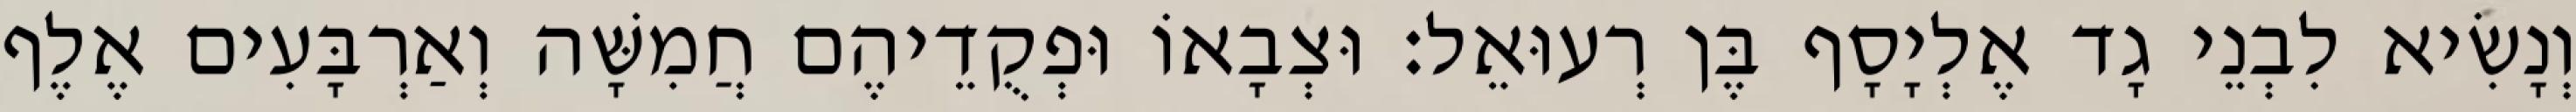
וְנָשִׂיא לִבְנֵי גָד אֶלְיָסָף בֶּן רְעוּאֵל׃ וּצְבָאוֹ וּפְקֻדֵיהֶם חֲמִשָּׁה וְאַרְבָּעִים אֶלֶף